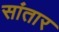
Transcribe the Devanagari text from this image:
सांतार